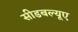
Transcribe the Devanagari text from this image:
सीडबल्यूए